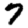
Digit: 7